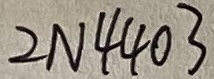
Text: 2N4403